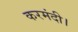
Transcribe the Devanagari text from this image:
करमंदी।